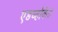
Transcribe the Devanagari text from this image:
एडव्होकेट